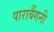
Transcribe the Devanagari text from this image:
पाराबैंगनी